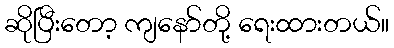
ဆိုပြီးတော့ ကျနော်တို့ ရေးထားတယ်။